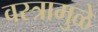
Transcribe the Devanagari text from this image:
वस्त्रामुळे